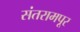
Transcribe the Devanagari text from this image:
संतरामपूर